Code of medical and sanitary regulations for the guidance of medical officers serving in the Madras Presidency - Volume II
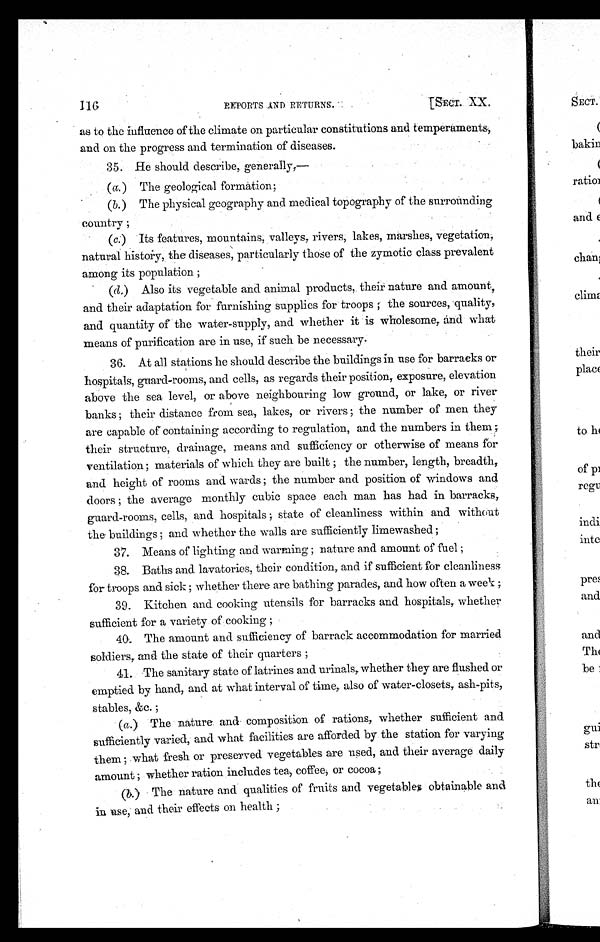
REPORTS AND RETURNS.
[SECT.
XX.
as to the influence of the climate on particular constitutions and temperaments,
and on the progress and termination of diseases.
35. He should describe, generally,—
(a.) The geological formation;
(b.) The physical geography and medical topography of the surrounding
country;
(c.) Its features, mountains, valleys, rivers, lakes, marshes, vegetation,
natural history, the diseases, particularly those of the zymotic class prevalent
among its population;
(d.) Also its vegetable and animal products, their nature and amount,
and their adaptation for furnishing supplies for troops; the sources, quality,
and quantity of the water-supply, and whether it is wholesome, and what
means of purification are in use, if such be necessary.
36. At all stations he should describe the buildings in use for barracks or
hospitals, guard-rooms, and cells, as regards their position, exposure, elevation
above the sea level, or above neighbouring low ground, or lake, or river
banks; their distance from sea, lakes, or rivers; the number of men they
are capable of containing according to regulation, and the numbers in them;
their structure, drainage, means and sufficiency or otherwise of means for
ventilation; materials of which they are built; the number, length, breadth,
and height of rooms and wards; the number and position of windows and
doors; the average monthly cubic space each man has had in barracks,
guard-rooms, cells, and hospitals; state of cleanliness within and without
the buildings; and whether the walls are sufficiently limewashed;
37. Means of lighting and warming; nature and amount of fuel;
38. Baths and lavatories, their condition, and if sufficient for cleanliness
for troops and sick; whether there are bathing parades, and how often a week;
39. Kitchen and cooking utensils for barracks and hospitals, whether
sufficient for a variety of cooking;
40. The amount and sufficiency of barrack accommodation for married
soldiers, and the state of their quarters;
41. The sanitary state of latrines and urinals, whether they are flushed or
emptied by hand, and at what interval of time, also of water-closets, ash-pits,
stables, &c.;
(a.) The nature and composition of rations, whether sufficient and
sufficiently varied, and what facilities are afforded by the station for varying
them; what fresh or preserved vegetables are used, and their average daily
amount; whether ration includes tea, coffee, or cocoa;
(b.) The nature and qualities of fruits and vegetable obtainable and
in use, and their effects on health;